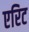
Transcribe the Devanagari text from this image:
एरिट